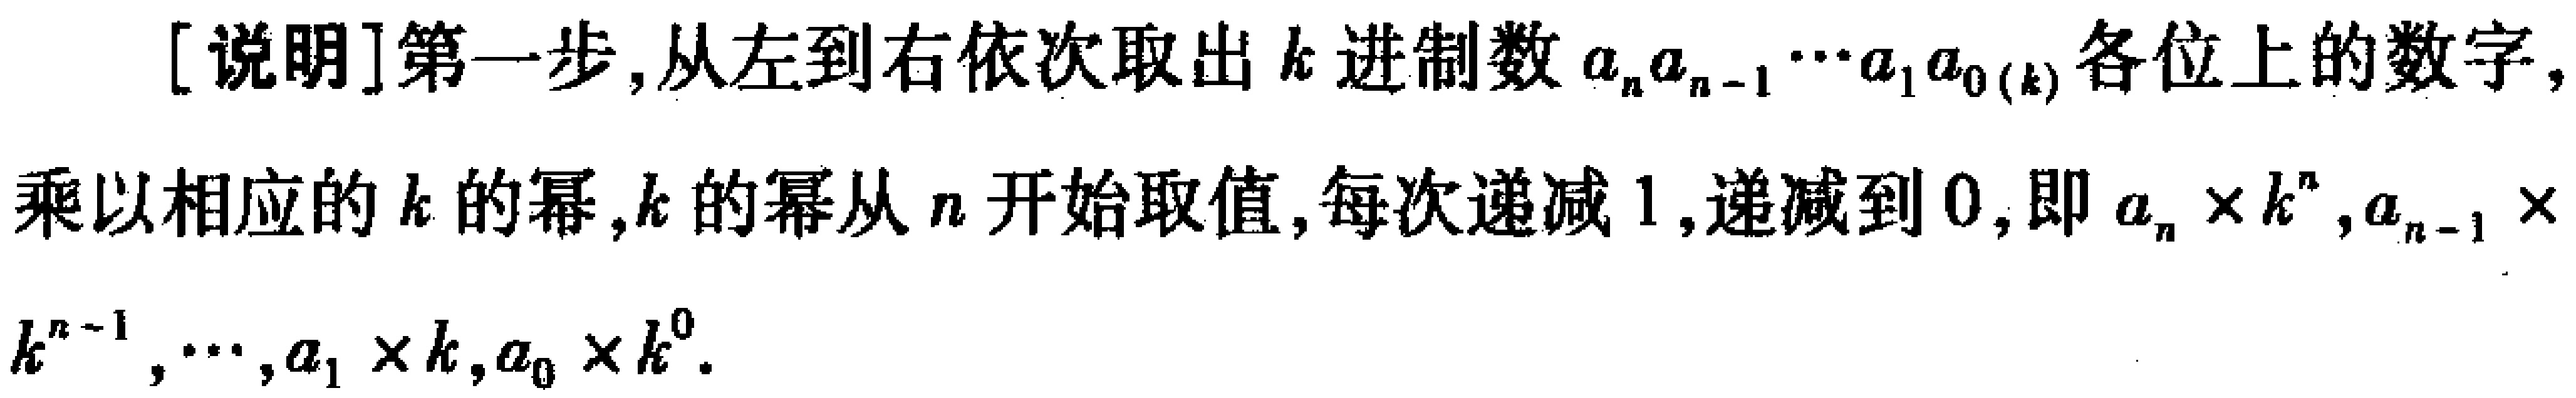
[说明]第一步,从左到右依次取出\(k\)进制数\(a_{n}a_{n - 1}\cdots a_{1}a_{0(k)}\)各位上的数字,乘以相应的\(k\)的幂,\(k\)的幂从\(n\)开始取值,每次递减\(1\),递减到\(0\),即\(a_{n}\times k^{n},a_{n - 1}\times k^{n - 1},\cdots,a_{1}\times k,a_{0}\times k^{0}\).